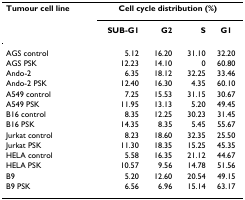
<table><thead><tr><td><b>Tumour cell line</b></td><td colspan="4"><b>Cell cycle distribution (%)</b></td></tr><tr><td></td><td><b>SUB-G1</b></td><td><b>G2</b></td><td><b>S</b></td><td><b>G1</b></td></tr></thead><tbody><tr><td>AGS control</td><td>5.12</td><td>16.20</td><td>31.10</td><td>32.20</td></tr><tr><td>AGS PSK</td><td>12.23</td><td>14.10</td><td>0</td><td>60.80</td></tr><tr><td>Ando-2</td><td>6.35</td><td>18.12</td><td>32.25</td><td>33.46</td></tr><tr><td>Ando-2 PSK</td><td>12.40</td><td>16.30</td><td>4.35</td><td>60.10</td></tr><tr><td>A549 control</td><td>7.25</td><td>15.53</td><td>31.15</td><td>30.67</td></tr><tr><td>A549 PSK</td><td>11.95</td><td>13.13</td><td>5.20</td><td>49.45</td></tr><tr><td>B16 control</td><td>8.35</td><td>12.25</td><td>30.23</td><td>31.45</td></tr><tr><td>B16 PSK</td><td>14.35</td><td>8.35</td><td>5.45</td><td>55.67</td></tr><tr><td>Jurkat control</td><td>8.23</td><td>18.60</td><td>32.35</td><td>25.50</td></tr><tr><td>Jurkat PSK</td><td>11.30</td><td>18.35</td><td>15.25</td><td>45.35</td></tr><tr><td>HELA control</td><td>5.58</td><td>16.35</td><td>21.12</td><td>44.67</td></tr><tr><td>HELA PSK</td><td>10.57</td><td>9.56</td><td>14.78</td><td>51.56</td></tr><tr><td>B9</td><td>5.20</td><td>12.60</td><td>20.54</td><td>49.15</td></tr><tr><td>B9 PSK</td><td>6.56</td><td>6.96</td><td>15.14</td><td>63.17</td></tr></tbody></table>